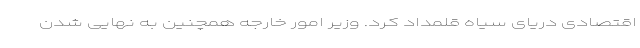
اقتصادی دریای سیاه قلمداد کرد. وزیر امور خارجه همچنین به نهایی شدن